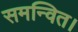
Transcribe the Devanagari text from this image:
समन्वित।